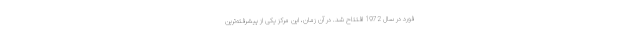
فورد در سال 1972 افتتاح شد. در آن زمان، این مرکز یکی از پیشرفته‌ترین